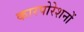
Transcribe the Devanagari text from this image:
कारपोरेशनों